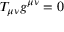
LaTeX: T _ { \mu \nu } g ^ { \mu \nu } = 0